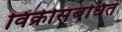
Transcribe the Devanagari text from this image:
विक्रीसंबंधित